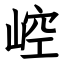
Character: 崆